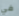
في